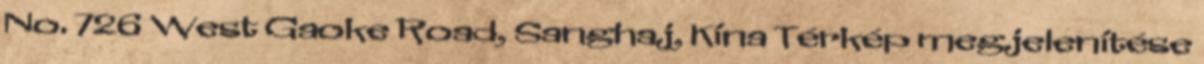
No. 726 West Gaoke Road, Sanghaj, Kína Térkép megjelenítése